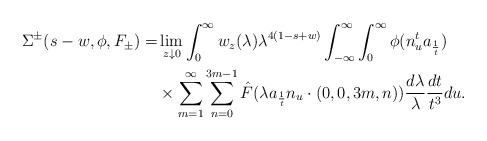
\begin{align*} \Sigma^{\pm}(s-w, \phi, F_{\pm})=&\lim_{z \downarrow 0}\int_0^\infty w_z(\lambda) \lambda^{4(1-s+w)} \int_{-\infty}^\infty \int_{0}^\infty \phi(n_{u}^t a_{\frac{1}{t}}) \\&\times\sum_{m=1}^\infty \sum_{n=0}^{3m-1} \hat{F}(\lambda a_{\frac{1}{t}} n_u \cdot (0,0,3m,n)) \frac{d\lambda}{\lambda} \frac{dt}{t^3} du. \end{align*}